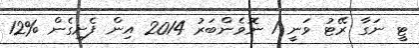
ޓީ ނަގާ ރޭޓު ވަނީ 1 ނޮވެންބަރު 2014 އިން ފެށިގެން %12